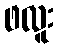
ဖလူး